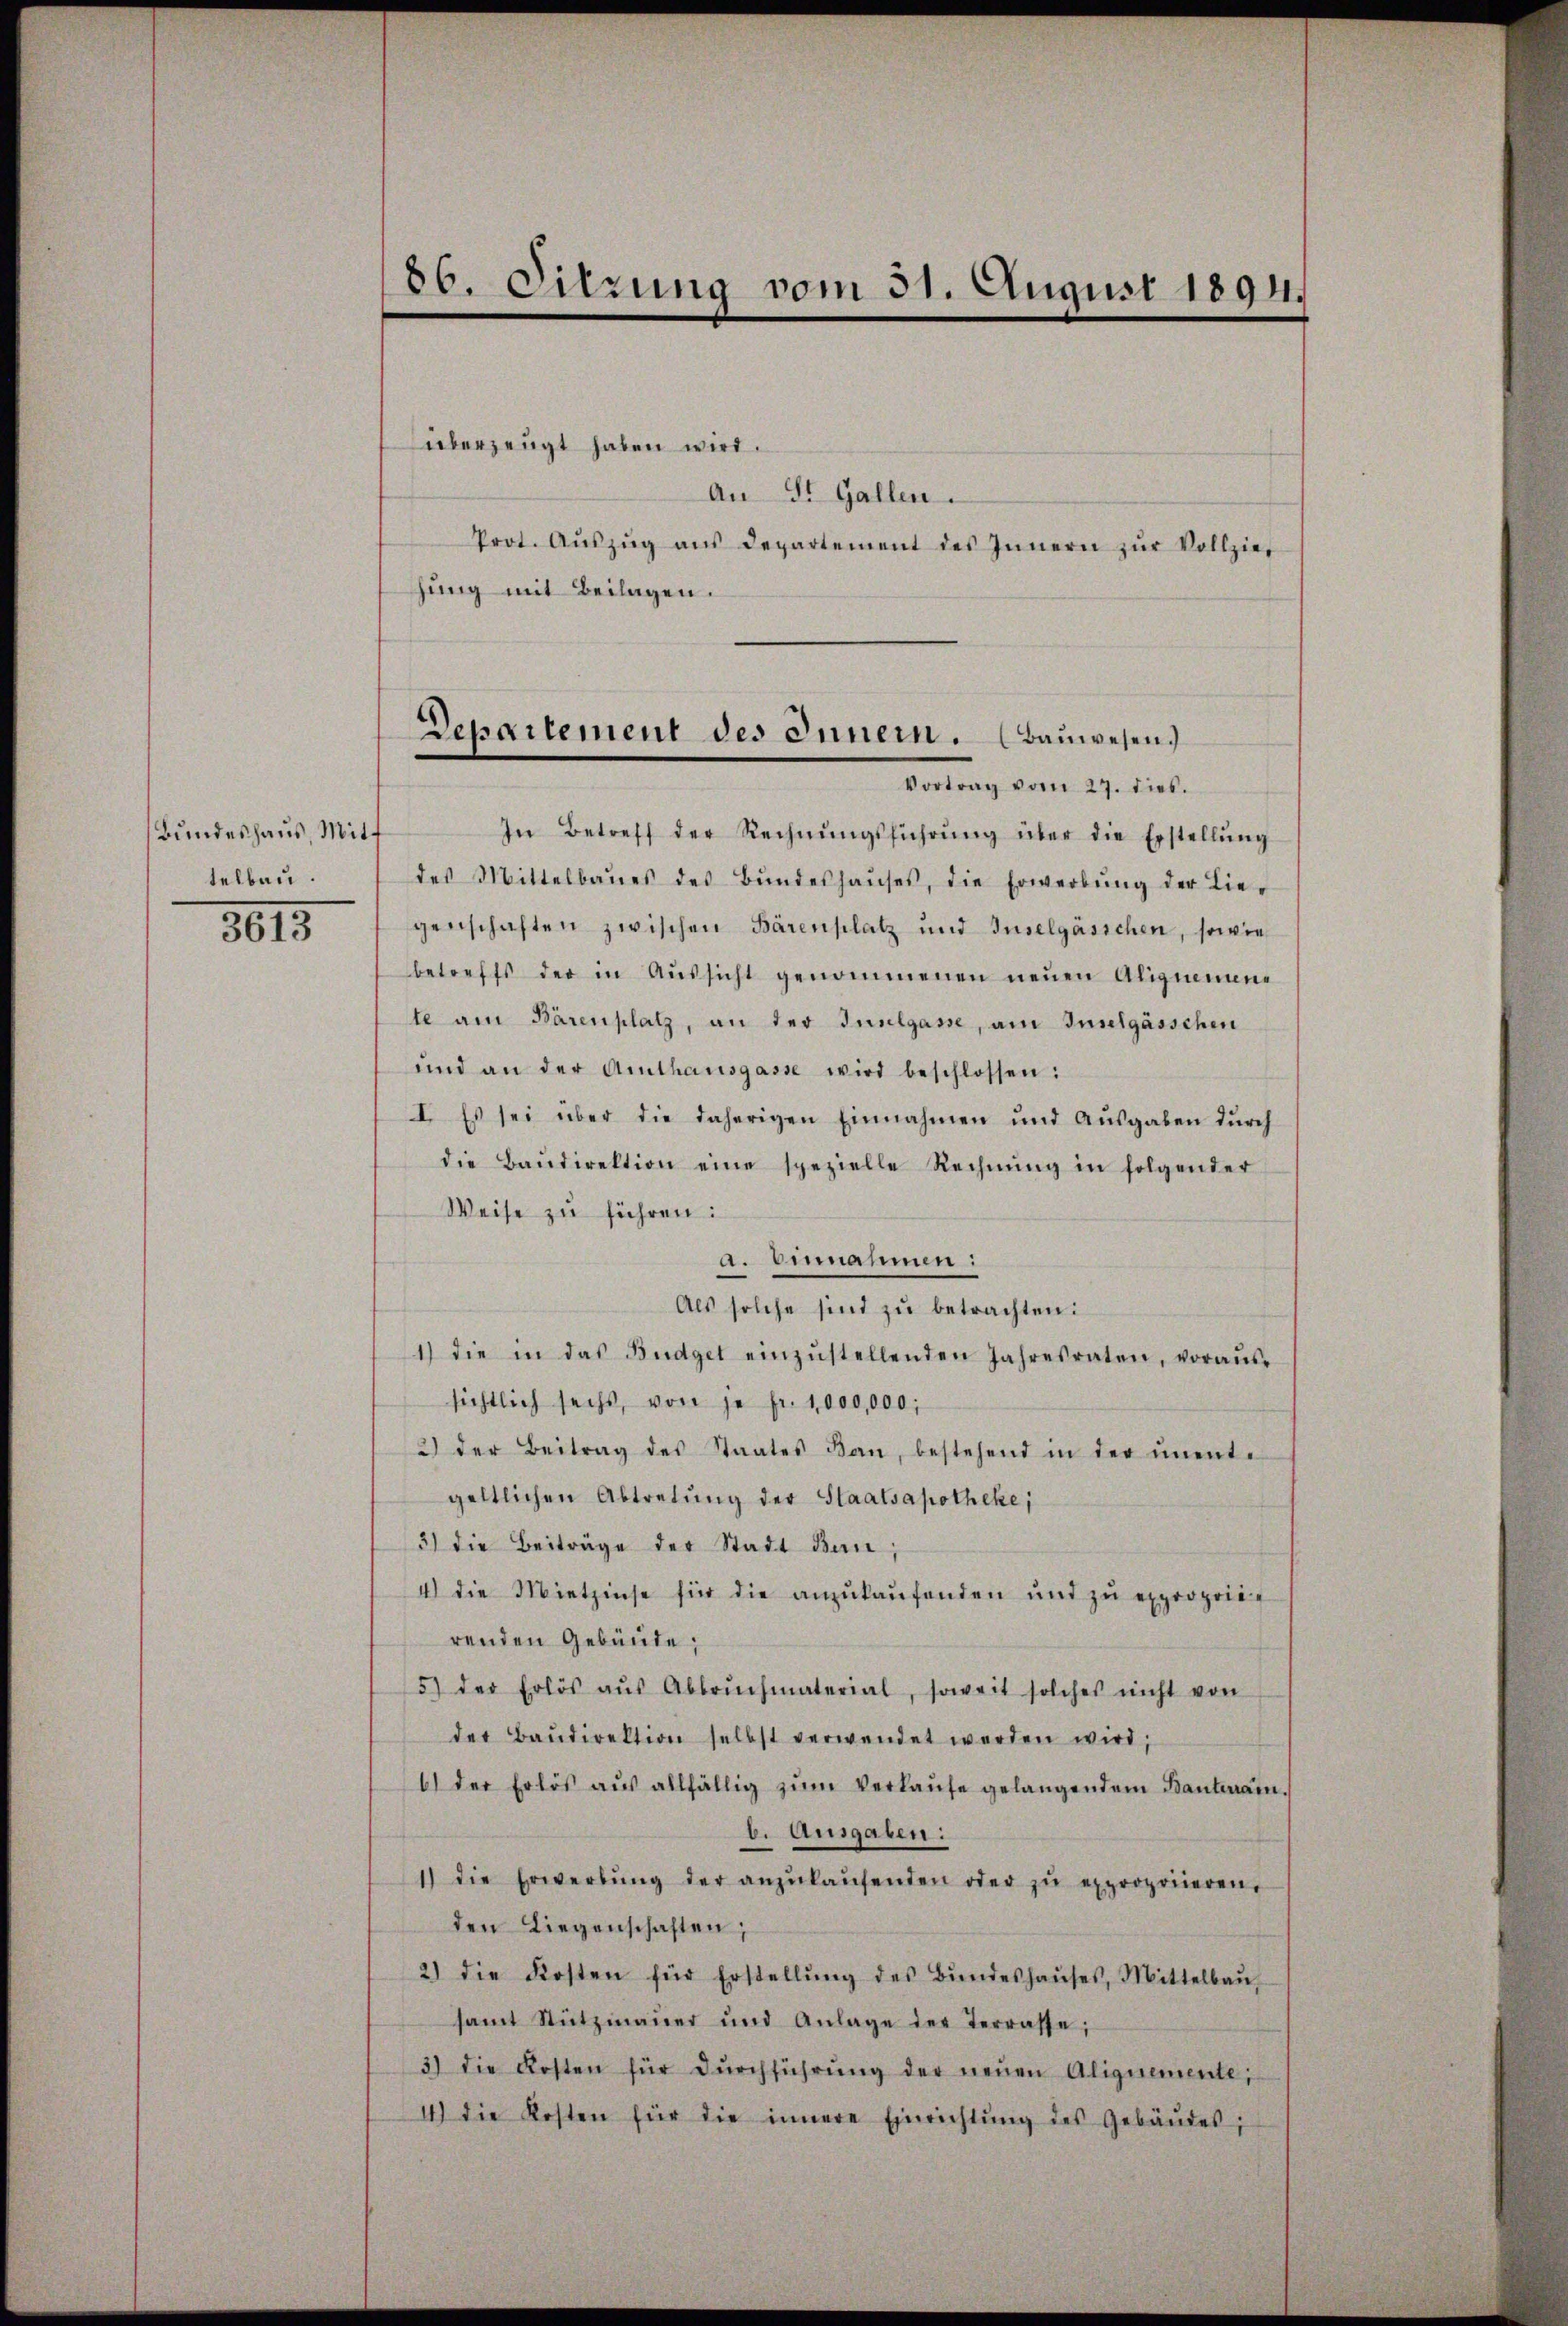
86. Sitzung vom 31. August 1894.

Bundeshaus, Mitt
telbau.
8015

überzeugt haben wird.
An St. Gallen.
Prot. Aŭszŭg aŭs Departement des Innern zŭr Vollzier
hung mit Beilagen.

Departement des Innern. (Bauwesen.
Vortrag vom 27. dies.

In Betreff der Rechnŭngsführŭng über die Erstellŭng
des Mittelbaues des Bŭndeshaŭses, die Erwerbŭng der Lie-
genschaften zwischen Bärenplatz und Inselgäsichen, sowie
betreffs der in Aŭssicht genommenen neŭen Alignemene
te am Bärenplatz, an der Tunlgasse, am Inselgässchen
und an der Amthansgasse wird beschlossen:
I. Es sei über die daherigen Einnahmen und Ausgaben dŭrch
die Baŭdirektion eine spezielle Rechnŭng in folgender
Weise zu führen:
a. Einnahmen:
Als solche sind zu betrachten:
1) die in das Budget einzŭstellenden Jahresraten, voraŭs-
sichtlich sechs, von je fr. 1000,000,
2) der Beitrag des Staates kan, bestehend in der ŭnente
geltlichen Abtretung der Staatsapotheke,
3) die Beiträge der Stadt Ban;
4) die Mietzinse für die anzŭkaŭfenden und zŭ exproprieg
renden Gebäute;
5) der Erlös aŭs Abbrŭchmaterial, soweit solches nicht von
der Baŭdirektion selbst verwendet werden wird;
6) der Erlös aŭs allfällig zŭm Verkaŭfe gelangendem Bautenann
b. Ausgaben:
1) die Erwerbŭng der anzŭlaŭfenden oder zŭ expropriieren.
den Liegenschaften;
2) die Kosten für Erstellŭng des Bŭndeshaŭses, Mittelbaŭ
samt Stützmaṅer und Anlage der Terrasse;
3) die Kosten für dŭrchführŭng der neŭen Alignemente,
I) Die Kosten für die innere Einrichtŭng des Gebäŭdes;